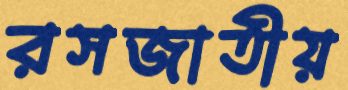
রসজাতীয়